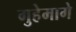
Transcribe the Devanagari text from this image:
गुहेमागे